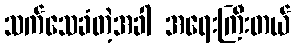
သက်သေခံတဲ့အခါ အရေးကြီးတယ်